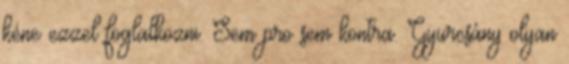
kéne ezzel foglalkozni. Sem pro sem kontra. Gyurcsány olyan